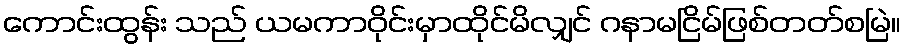
ကောင်းထွန်း သည် ယမကာဝိုင်းမှာထိုင်မိလျှင် ဂနာမငြိမ်ဖြစ်တတ်စမြဲ။